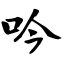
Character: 吟